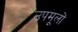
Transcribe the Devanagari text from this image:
उपमूलों